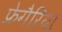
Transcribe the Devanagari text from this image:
फ्रेगैरिया